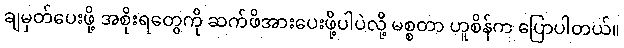
ချမှတ်ပေးဖို့ အစိုးရတွေကို ဆက်ဖိအားပေးဖို့ပါပဲလို့ မစ္စတာ ဟူစိန်က ပြောပါတယ်။